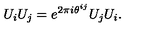
U _ { i } U _ { j } = e ^ { 2 \pi i \theta ^ { i j } } U _ { j } U _ { i } .